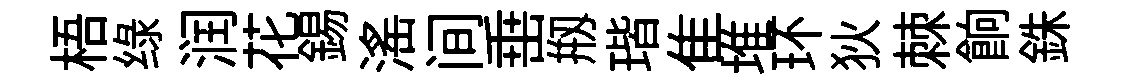
梧绿润花錫滛间𡸁剏瑎隹堆环狄棘餉銖